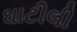
ઘાટીલી